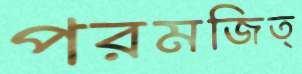
পরমজিত্